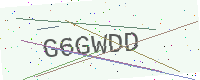
Text: G6GWDD